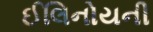
ઈલિનોયની